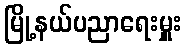
မြို့နယ်ပညာရေးမှူး